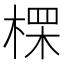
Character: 𪲷